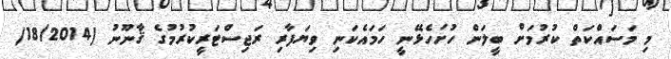
މި މަސައްކަތް ކުރުމަށް ބީލަން ހުށަހެޅޭނީ ހަމައެކަނި ވިޔަފާރި ރަޖިސްޓަރީކުރުމުގެ ޤާނޫނު (18/2014)